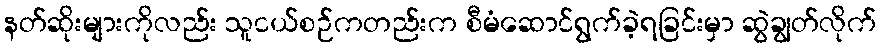
နတ်ဆိုးများကိုလည်း သူငယ်စဉ်ကတည်းက စီမံဆောင်ရွက်ခဲ့ရခြင်းမှာ ဆွဲချွတ်လိုက်